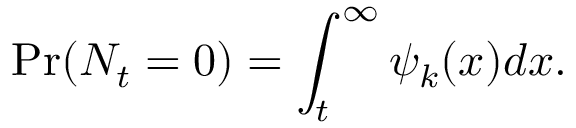
\operatorname* { P r } ( N _ { t } = 0 ) = \int _ { t } ^ { \infty } \psi _ { k } ( x ) d x .